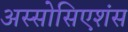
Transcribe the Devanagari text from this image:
अस्सोसिएशंस